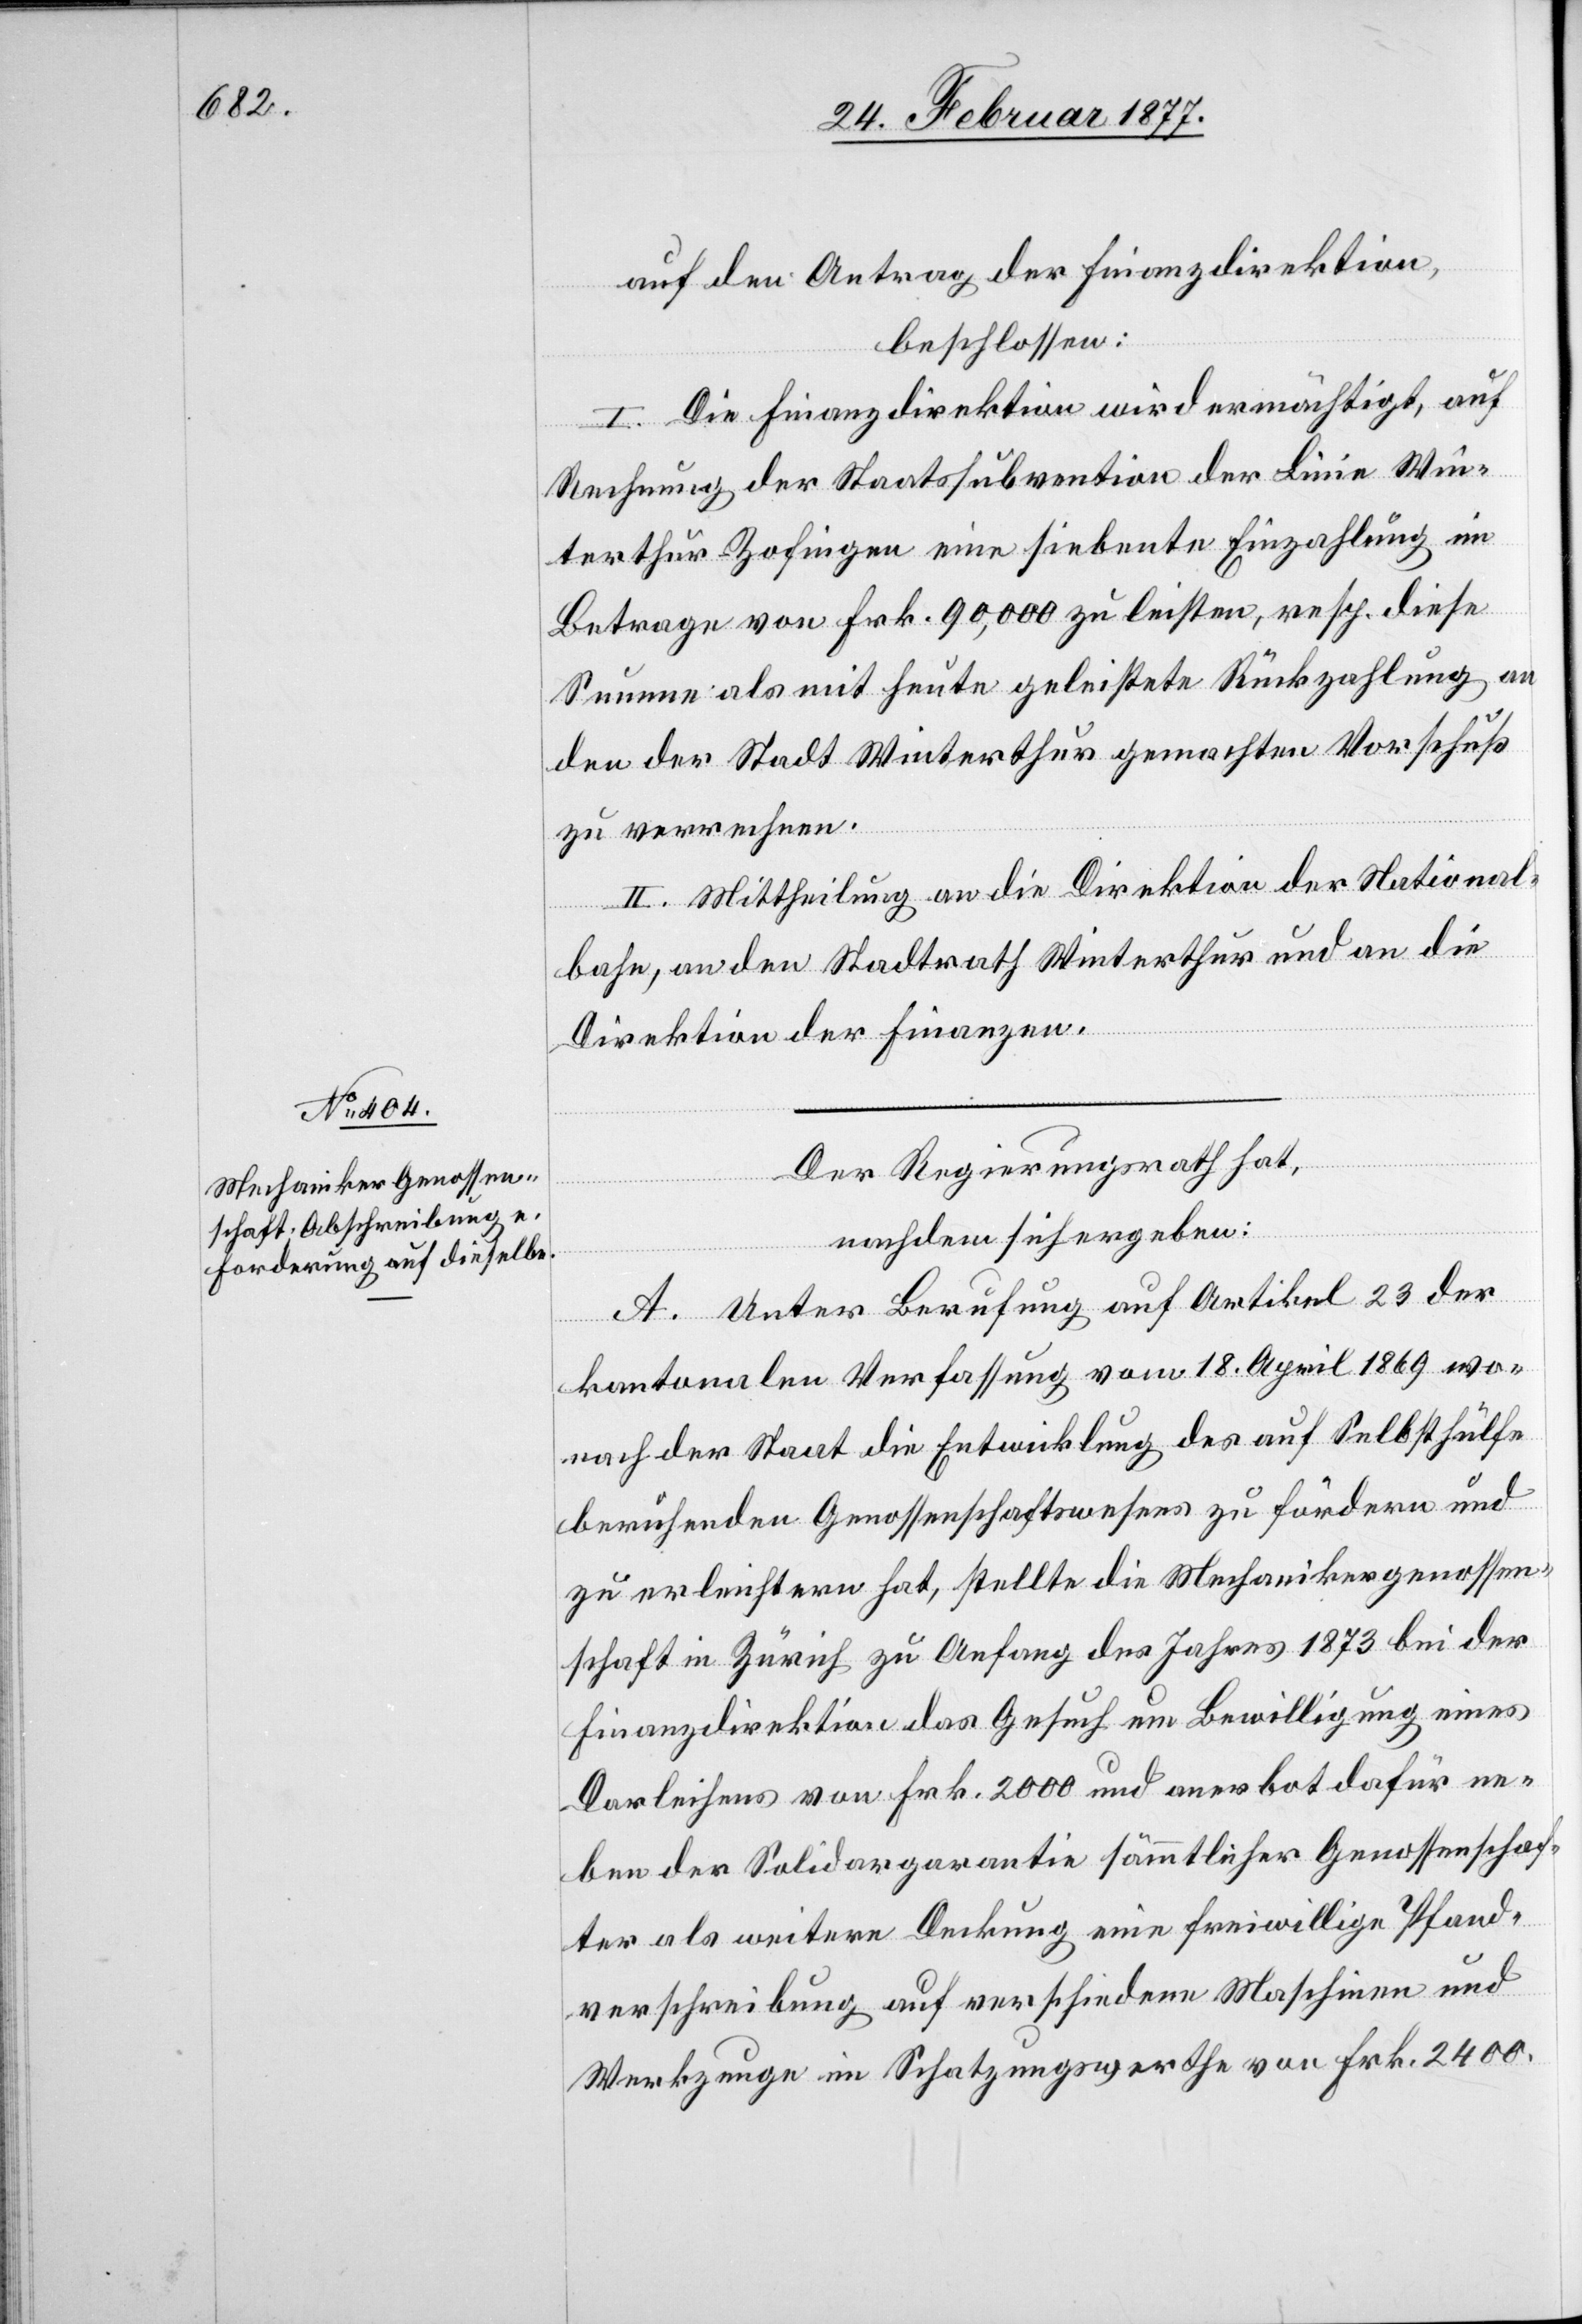
auf den Antrag der Finanzdirektion,
beschlossen:
I. Die Finanzdirektion wird ermächtigt, auf
Rechnung der Staatssubvention der Linie Win¬
terthur–Zofingen eine siebente Einbezahlung im
Betrage von Frk. 90,000 zu leisten, resp. diese
Summe als mit heute geleistete Rückzahlung an
den der Stadt Winterthur gemachten Vorschuß
zu verrechnen.
II. Mittheilung an die Direktion der National¬
bahn, an den Stadtrath Winterthur und an die
Direktion der Finanzen.
Der Regierungsrath hat,
nachdem sich ergeben:
A. Unter Berufung auf Artikel 23 der
kantonalen Verfassung vom 18. April 1869 wo¬
nach der Staat die Entwicklung des auf Selbsthülfe
beruhenden Genossenschaftswesens zu fördern und
zu erleichtern hat, stellte die Mechanikergenossen¬
schaft in Zürich zu Anfang des Jahres 1873 bei der
Finanzdirektion das Gesuch um Bewilligung eines
Darleihens von Frk. 2000 und anerbot dafür ne¬
ben der Solidargarantie sämmtlicher Genossenschaf¬
ter als weitere Deckung eine freiwillige Pfand¬
verschreibung auf verschiedene Maschinen und
Werkzeuge im Schatzungswerthe von Frk. 2400.